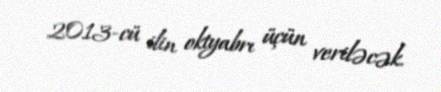
2013-cü ilin oktyabrı üçün veriləcək.